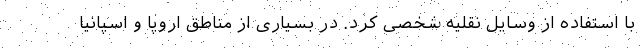
با استفاده از وسایل نقلیه شخصی کرد. در بسیاری از مناطق اروپا و اسپانیا